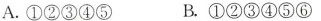
A.①②③④⑤ B.①②③④⑤⑥